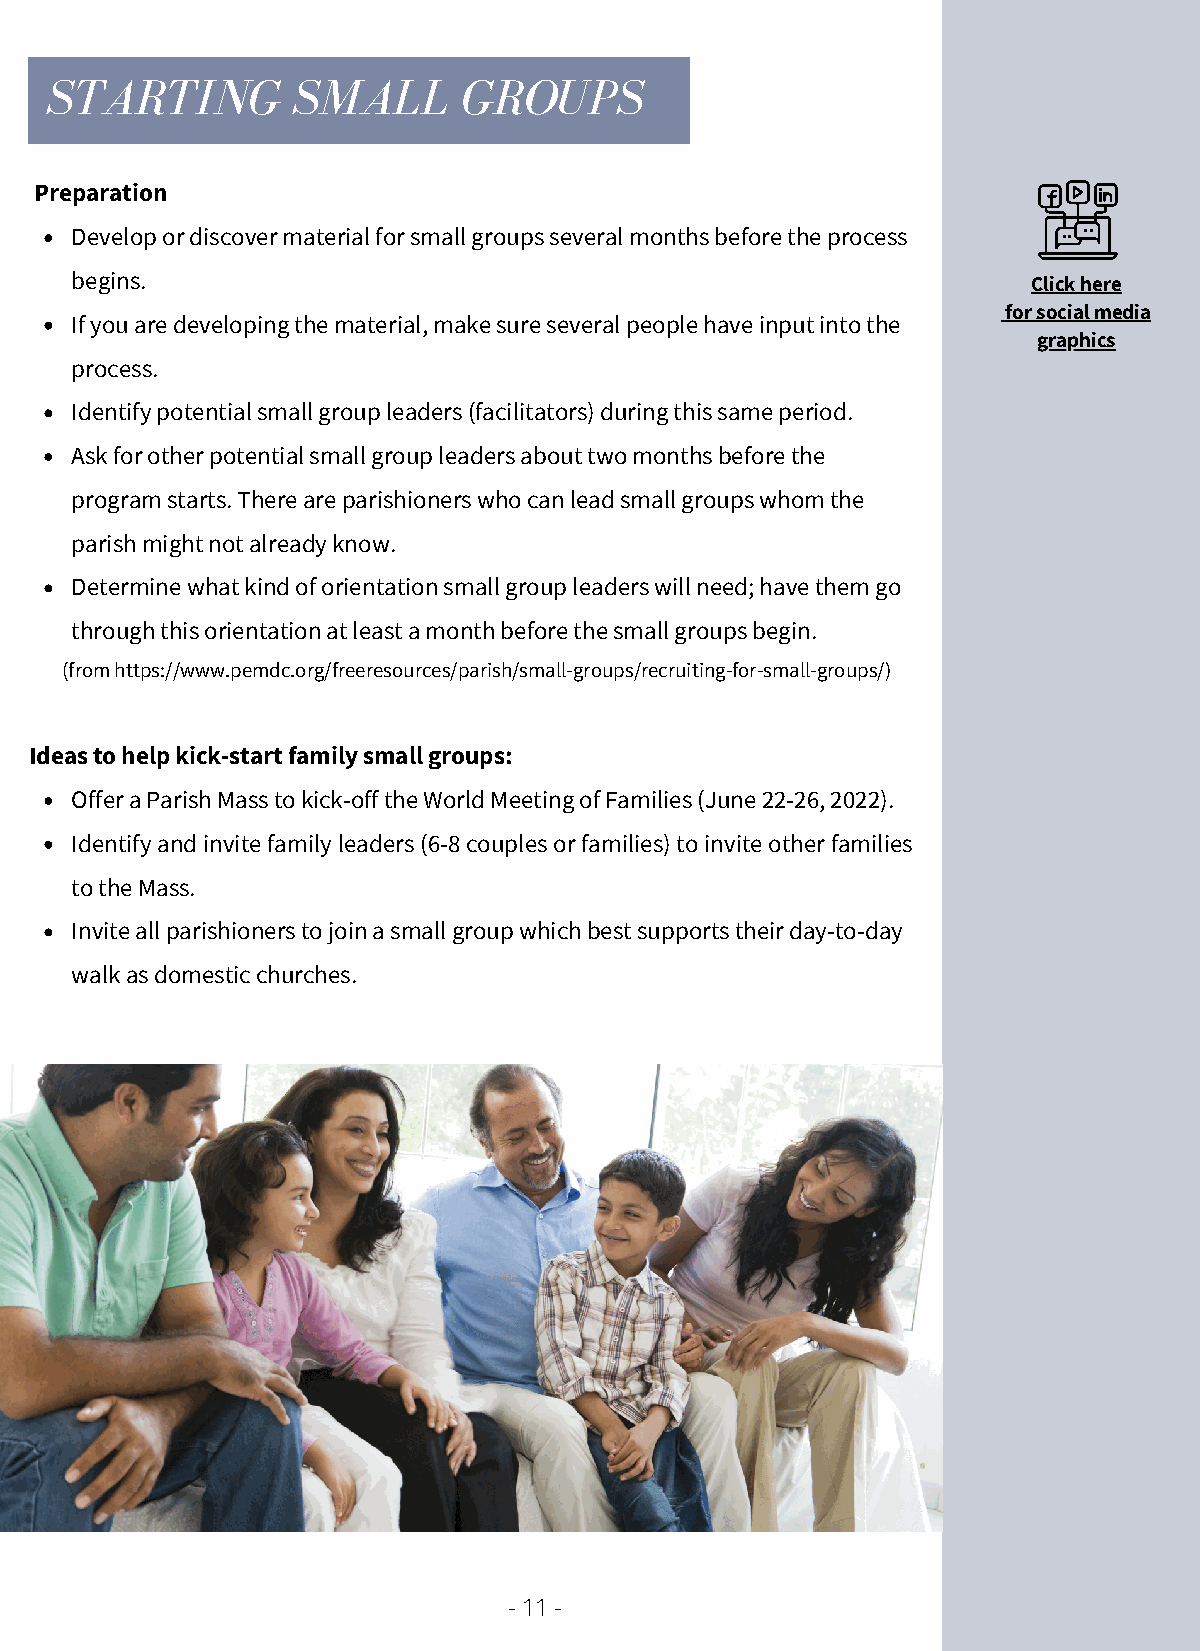
STARTING        SMALL       GROUPS
 Preparation
 Develop or discover material for small groups several months before the process
 begins.                                                        Click here
 for social media
 If you are developing the material, make sure several people have input into the
 graphics
 process.
 Identify potential small group leaders (facilitators) during this same period.
 Ask for other potential small group leaders about two months before the
 program starts. There are parishioners who can lead small groups whom the
 parish might not already know.
 Determine what kind of orientation small group leaders will need; have them go
 through this orientation at least a month before the small groups begin.
 (from https://www.pemdc.org/freeresources/parish/small-groups/recruiting-for-small-groups/)
 Ideas to help kick-start family small groups:
 Offer a Parish Mass to kick-off the World Meeting of Families (June 22-26, 2022).
 Identify and invite family leaders (6-8 couples or families) to invite other families
 to the Mass.
 Invite all parishioners to join a small group which best supports their day-to-day
 walk as domestic churches.
 - 11 -